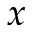
x